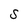
Character: S